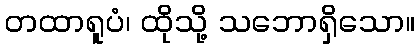
တထာရူပံ၊ ထိုသို့ သဘောရှိသော။